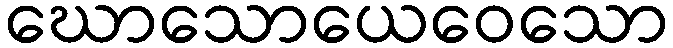
ဃောသောယေဝေသော